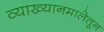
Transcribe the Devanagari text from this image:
व्याख्यानमालेतून